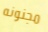
مجنونه